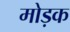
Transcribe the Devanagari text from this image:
मोड़क